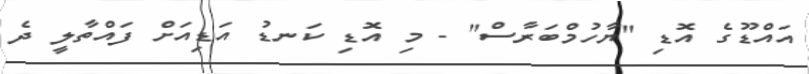
އައްޑޫގެ އޮޑި "ޔާހުމްބަރާސް" - މި އޮޑި ކަނޑު އަޑިއަށް ފައްތާލީ ދެ